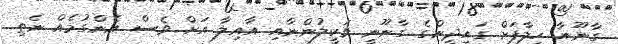
ގާނޫނާ ހިލާފަށް ގައިދީންގެ ގާނޫނީ ވަކީލުންނާއި އާއިލާ އަށް ވެސް އެންގުމެއް ނެތި